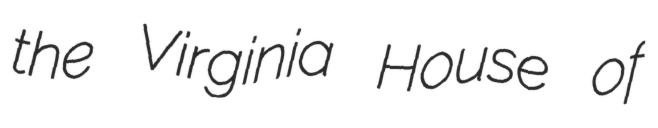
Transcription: the Virginia House of